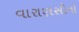
વારાણસીનો